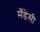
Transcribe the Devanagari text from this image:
मँडेसी